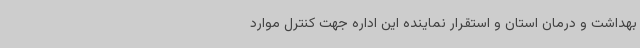
بهداشت و درمان استان و استقرار نماینده این اداره جهت کنترل موارد